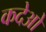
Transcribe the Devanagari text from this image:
कदेओ